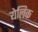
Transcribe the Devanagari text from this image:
येलिक